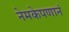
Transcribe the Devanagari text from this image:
नेमकेपणानं